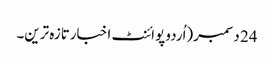
24 دسمبر(اُردو پوائنٹ اخبارتازہ ترین۔